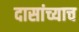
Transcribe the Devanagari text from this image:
दासांच्याच